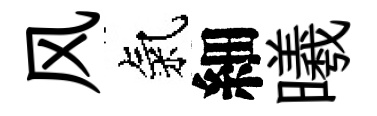
风氣細曦